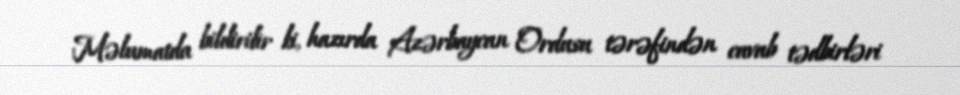
Məlumatda bildirilir ki, hazırda Azərbaycan Ordusu tərəfindən cavab tədbirləri